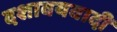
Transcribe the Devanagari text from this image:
दशावयवादी